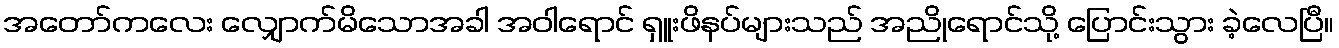
အတော်ကလေး လျှောက်မိသောအခါ အဝါရောင် ရှူးဖိနပ်များသည် အညိုရောင်သို့ ပြောင်းသွား ခဲ့လေပြီ။